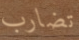
تضارب